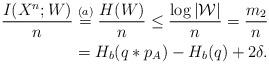
LaTeX: \begin{align*}\frac{I(X^n;W)}{n}&\stackrel{(a)}{=} \frac{H(W)}{n}\leq\frac{\log|\mathcal{W}|}{n}=\frac{m_2}{n}\\&=H_b(q*p_A) - H_b(q)+2\delta.\end{align*}